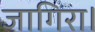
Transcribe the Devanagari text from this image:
जागिरा।